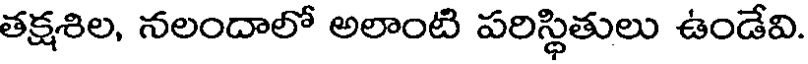
తక్షశిల, నలందాలో అలాంటి పరిస్థితులు ఉండేవి.